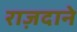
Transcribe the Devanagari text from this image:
राज़दाने